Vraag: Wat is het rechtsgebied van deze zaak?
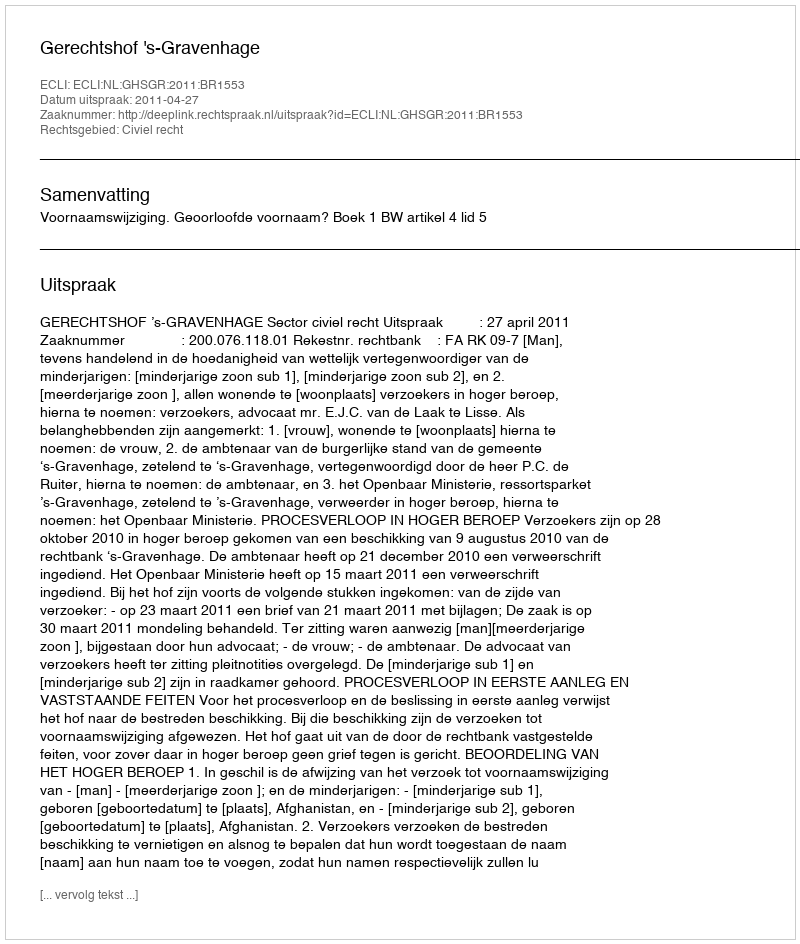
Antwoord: Civiel recht